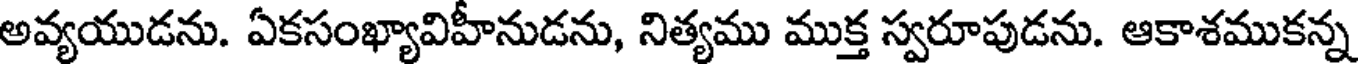
అవ్యయుడను. ఏకసంఖ్యావిహీనుడను, నిత్యము ముక్త స్వరూపుడను. ఆకాశముకన్న